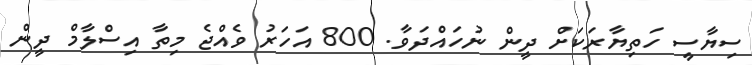
ސިޔާސީ ހަތިޔާރަކަށް ދީން ނުހައްދަވާ. 800 އަހަރު ވެއްޖެ މިތާ އިސްލާމް ދީން